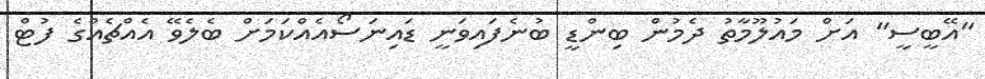
"އޭބީސީ" އަށް މައުލޫމާތު ދެމުން ބިންޑީ ބުނެފައިވަނީ ޑައިނަސޯއެއްކަމަށް ބެލެވޭ އެއްޗެއްގެ ފުޓް